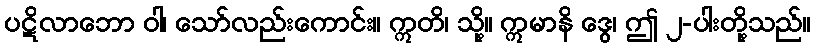
ပဋိလာဘော ဝါ၊ သော်လည်းကောင်း။ ဣတိ၊ သို့။ ဣမာနိ ဒွေ၊ ဤ ၂-ပါးတို့သည်။